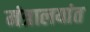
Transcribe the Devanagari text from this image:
मंत्रालयांत